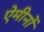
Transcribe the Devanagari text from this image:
ऐमीनों